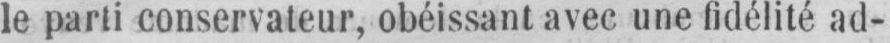
le parti conservateur, obéissant avec, une fidélité ad-